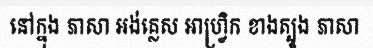
នៅក្នុង ភាសា អង់គ្លេស អាហ្វ្រិក ខាងត្បូង ភាសា